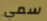
سمي